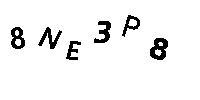
8NE3P8